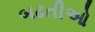
બઢતીઓ